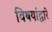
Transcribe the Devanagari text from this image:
विषयांद्वारे